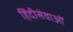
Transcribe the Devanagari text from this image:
हिंदीसेवाओं